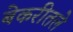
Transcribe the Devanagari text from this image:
बेकरीतले